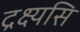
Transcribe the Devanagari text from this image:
द्रक्ष्यसि